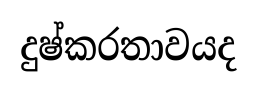
දුෂ්කරතාවයද